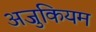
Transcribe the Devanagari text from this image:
अजुकियम